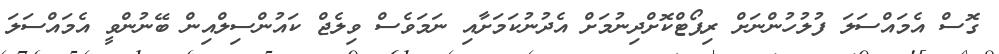
ގޮސް އެމައްސަލަ ފުލުހުންނަށް ރިޕޯޓްކޮށްދިނުމަށް އެދުނުކަމަށާއި ނަމަވެސް ވިލެޖް ކައުންސިލްއިން ބޭނުންވީ އެމައްސަލަ